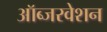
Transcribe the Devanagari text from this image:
ऑब्जरवेशन